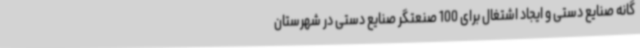
گانه صنایع دستی و ایجاد اشتغال برای 100 صنعتگر صنایع دستی در شهرستان